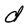
Character: d